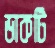
ডাকটি